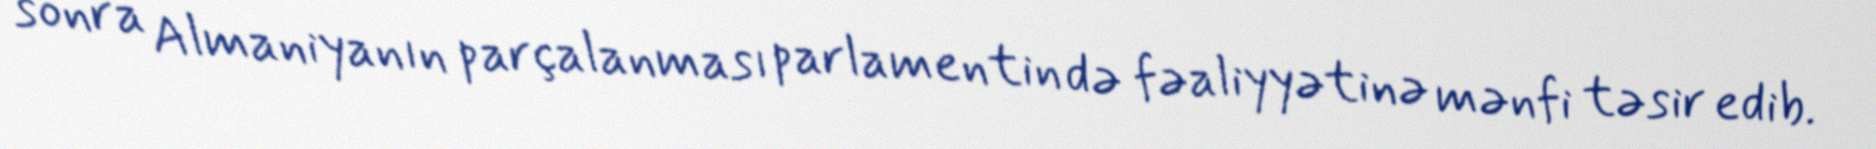
sonra Almaniyanın parçalanması parlamentin də fəaliyyətinə mənfi təsir edib.